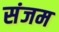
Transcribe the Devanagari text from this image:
संजम